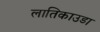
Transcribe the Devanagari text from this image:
लातिकाउडा